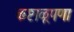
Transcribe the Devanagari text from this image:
कष्टाळूपणा